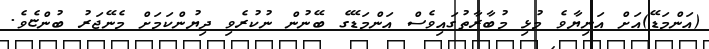
(އަންމަޑޭ)އަށް އަނިޔާވެ މުޅި މުބާރާތުގައިވެސް އަންމަޑޭގެ ބޭނުން ނުކުރެވި ދިޔުންކަމަށް މެނޭޖަރު ބުންޏެވެ.